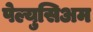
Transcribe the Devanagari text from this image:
पेल्युसिअम